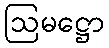
ဩမဋ္ဌော